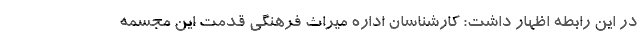
در این رابطه اظهار داشت: کارشناسان اداره میراث فرهنگی قدمت این مجسمه